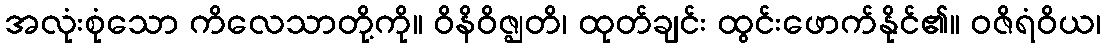
အလုံးစုံသော ကိလေသာတို့ကို။ ဝိနိဝိဇ္ဈတိ၊ ထုတ်ချင်း ထွင်းဖောက်နိုင်၏။ ဝဇိရံဝိယ၊